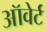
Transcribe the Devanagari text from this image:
ऑवेर्ट